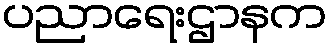
ပညာရေးဌာနက